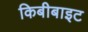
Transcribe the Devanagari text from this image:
किबीबाइट